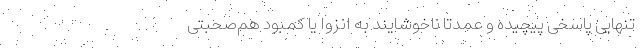
تنهایی پاسخی پیچیده و عمدتاً ناخوشایند به انزوا یا کمبود هم‌صحبتی